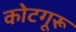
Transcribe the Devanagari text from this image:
कोटगूरू